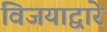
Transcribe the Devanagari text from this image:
विजयाद्वारे